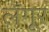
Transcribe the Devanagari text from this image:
लँगूर